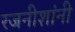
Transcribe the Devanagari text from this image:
रजनीशांनी